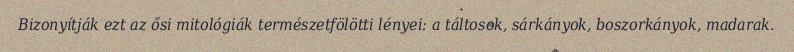
Bizonyítják ezt az ősi mitológiák természetfölötti lényei: a táltosok, sárkányok, boszorkányok, madarak.